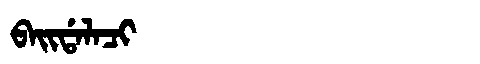
Manchu: ᠪᠠᡳᡩᠠᠯᠠᠴᡳ
Romanization: BAIDALACI